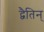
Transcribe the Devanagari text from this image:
द्वैतिन्